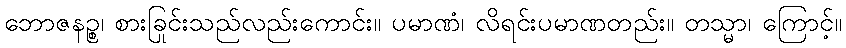
ဘောဇနဉ္စ၊ စားခြင်းသည်လည်းကောင်း။ ပမာဏံ၊ လိုရင်းပမာဏတည်း။ တသ္မာ၊ ကြောင့်။